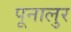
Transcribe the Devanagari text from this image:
पूनालुर